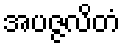
အပဇ္ဇလိတံ